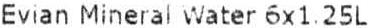
EVIAN MINERAL WATER 6X1.25L